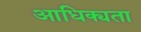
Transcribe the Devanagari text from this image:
आधिक्यता